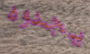
يجدوه